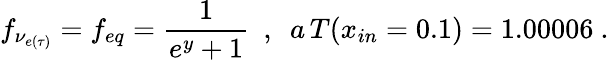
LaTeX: f_{\nu_{e(\tau)}}=f_{eq}=\frac{1}{e^{y}+1}~~,~~a\, T(x_{in}=0.1)=1.00006~.